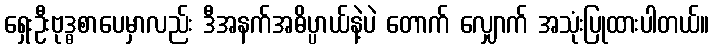
ရှေးဦးဗုဒ္ဓစာပေမှာလည်း ဒီအနက်အဓိပ္ပာယ်နဲ့ပဲ တောက် လျှောက် အသုံးပြုထားပါတယ်။